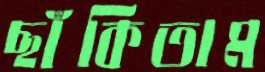
ছাঁকিতাম